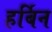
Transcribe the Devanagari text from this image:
हर्बिन